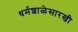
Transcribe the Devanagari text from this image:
धर्मशाळेसारखी